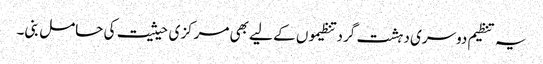
یہ تنظیم دوسری دہشت گرد تنظیموں کے لیے بھی مرکزی حیثیت کی حامل بنی۔